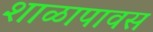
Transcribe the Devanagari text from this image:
शाळापावस